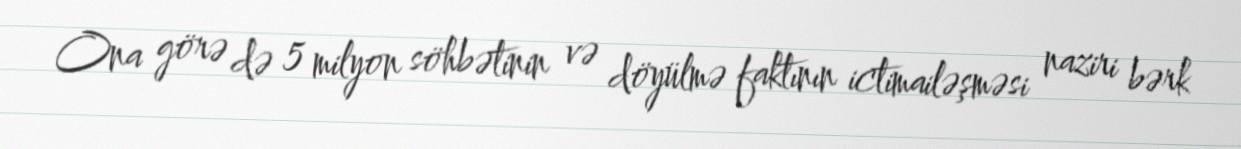
Ona görə də 5 milyon söhbətinin və döyülmə faktının ictimailəşməsi naziri bərk